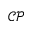
\mathcal { C P }